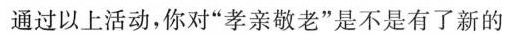
通过以上活动，你对”孝亲敬老”是不是有了新的